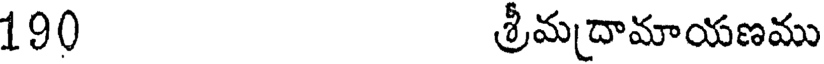
190 శ్రీమదామాయణము